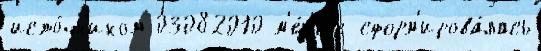
исто́чн'иком 03082010 м'е́н'еjе сформ'ирова́лась